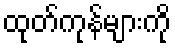
ထုတ်ကုန်များကို